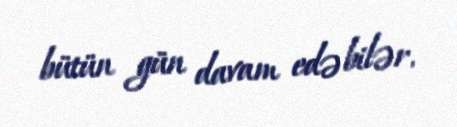
bütün gün davam edə bilər.